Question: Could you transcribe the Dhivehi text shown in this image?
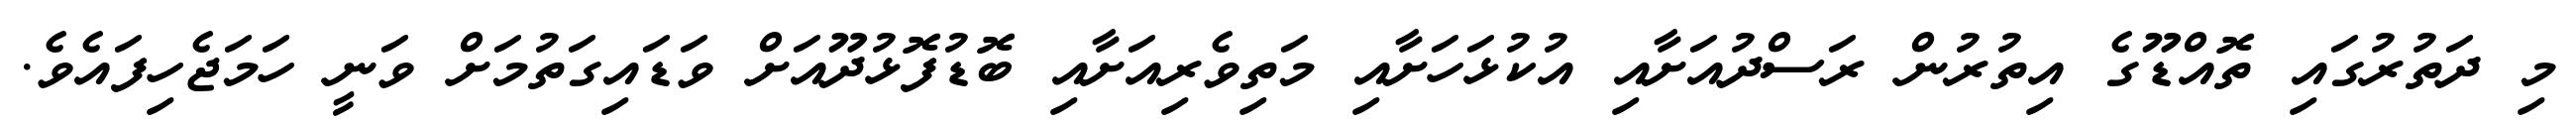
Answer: މި ދަތުރުގައި ތޮއްޑޫގެ އިތުރުން ރަސްދުއަށާއި އުކުޅަހަށާއި މަތިވެރިއަށާއި ބޮޑުފޮޅުދޫއަށް ވަޑައިގަތުމަށް ވަނީ ހަމަޖެހިފައެވެ.